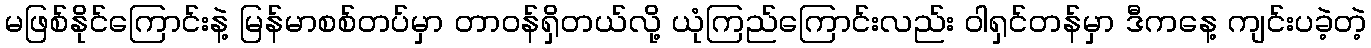
မဖြစ်နိုင်ကြောင်းနဲ့ မြန်မာစစ်တပ်မှာ တာဝန်ရှိတယ်လို့ ယုံကြည်ကြောင်းလည်း ဝါရှင်တန်မှာ ဒီကနေ့ ကျင်းပခဲ့တဲ့